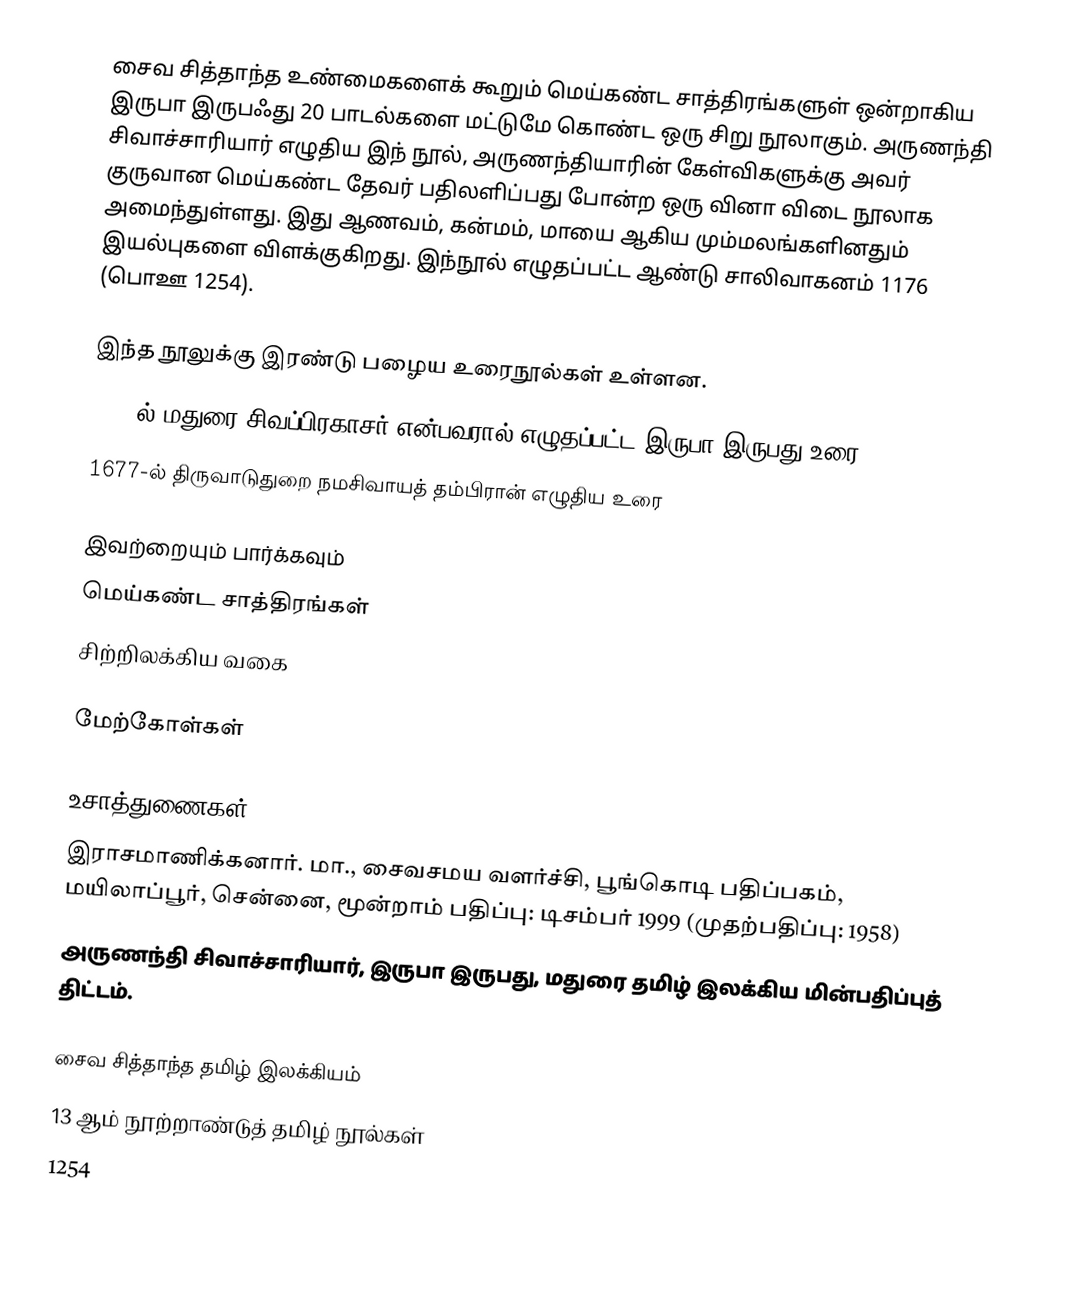
சைவ சித்தாந்த உண்மைகளைக் கூறும் மெய்கண்ட சாத்திரங்களுள் ஒன்றாகிய இருபா இருபஃது 20 பாடல்களை மட்டுமே கொண்ட ஒரு சிறு நூலாகும். அருணந்தி சிவாச்சாரியார் எழுதிய இந் நூல், அருணந்தியாரின் கேள்விகளுக்கு அவர் குருவான மெய்கண்ட தேவர் பதிலளிப்பது போன்ற ஒரு வினா விடை நூலாக அமைந்துள்ளது. இது ஆணவம், கன்மம், மாயை ஆகிய மும்மலங்களினதும் இயல்புகளை விளக்குகிறது. இந்நூல் எழுதப்பட்ட ஆண்டு சாலிவாகனம் 1176 (பொஊ 1254).

இந்த நூலுக்கு இரண்டு பழைய உரைநூல்கள் உள்ளன.
 1488-ல் மதுரை-சிவப்பிரகாசர் என்பவரால் எழுதப்பட்ட இருபா இருபது உரை
 1677-ல் திருவாடுதுறை நமசிவாயத் தம்பிரான் எழுதிய உரை

இவற்றையும் பார்க்கவும்
 மெய்கண்ட சாத்திரங்கள்
 சிற்றிலக்கிய வகை

மேற்கோள்கள்

உசாத்துணைகள்
 இராசமாணிக்கனார். மா., சைவசமய வளர்ச்சி, பூங்கொடி பதிப்பகம், மயிலாப்பூர், சென்னை, மூன்றாம் பதிப்பு: டிசம்பர் 1999 (முதற்பதிப்பு: 1958)
 அருணந்தி சிவாச்சாரியார், இருபா இருபது, மதுரை தமிழ் இலக்கிய மின்பதிப்புத் திட்டம்.

சைவ சித்தாந்த தமிழ் இலக்கியம்
13 ஆம் நூற்றாண்டுத் தமிழ் நூல்கள்
1254